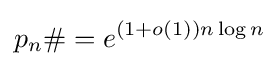
p_{n}\#=e^{(1+o(1))n\log n}